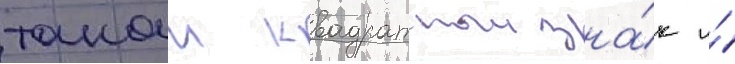
такои квадратныи зна́к и́